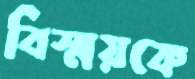
বিস্ময়কে